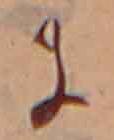
に